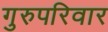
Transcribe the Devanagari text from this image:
गुरुपरिवार